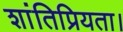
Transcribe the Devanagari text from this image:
शांतिप्रियता।